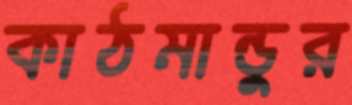
কাঠমান্ডুর